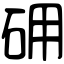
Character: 砽